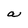
Character: a